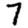
Digit: 7